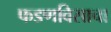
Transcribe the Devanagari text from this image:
फडणविसाचा